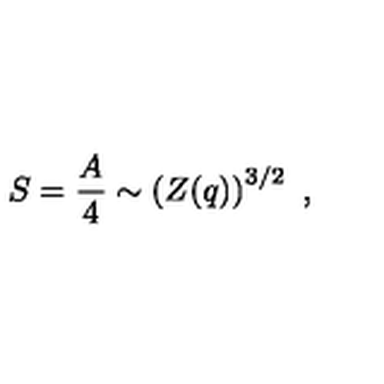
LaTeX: S = { \frac { A } { 4 } } \sim \left( Z ( q ) \right) ^ { 3 / 2 } \ ,